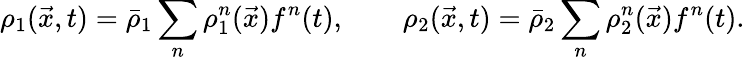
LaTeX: \rho_{1}(\vec{x},t)=\bar{\rho}_{1}\sum_{n}\rho_{1}^{n}(\vec{x})f^{n}(t),\qquad\rho_{2}(\vec{x},t)=\bar{\rho}_{2}\sum_{n}\rho_{2}^{n}(\vec{x})f^{n}(t).